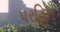
પરહિત